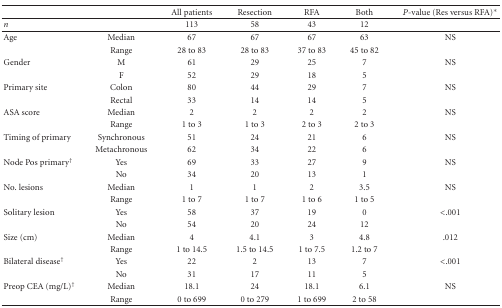
<table><thead><tr><td></td><td></td><td><b>All patients</b></td><td><b>Resection</b></td><td><b>RFA</b></td><td><b>Both</b></td><td><b><i>P</i>-value (Res versus RFA)*</b></td></tr><tr><td><b><i>n</i></b></td><td></td><td><b>113</b></td><td><b>58</b></td><td><b>43</b></td><td><b>12</b></td><td></td></tr></thead><tbody><tr><td>Age</td><td>Median</td><td>67</td><td>67</td><td>67</td><td>63</td><td>NS</td></tr><tr><td></td><td>Range</td><td>28 to 83</td><td>28 to 83</td><td>37 to 83</td><td>45 to 82</td><td></td></tr><tr><td>Gender</td><td>M</td><td>61</td><td>29</td><td>25</td><td>7</td><td>NS</td></tr><tr><td></td><td>F</td><td>52</td><td>29</td><td>18</td><td>5</td><td></td></tr><tr><td>Primary site</td><td>Colon</td><td>80</td><td>44</td><td>29</td><td>7</td><td>NS</td></tr><tr><td></td><td>Rectal</td><td>33</td><td>14</td><td>14</td><td>5</td><td></td></tr><tr><td>ASA score</td><td>Median</td><td>2</td><td>2</td><td>2</td><td>2</td><td>NS</td></tr><tr><td></td><td>Range</td><td>1 to 3</td><td>1 to 3</td><td>2 to 3</td><td>2 to 3</td><td></td></tr><tr><td>Timing of primary</td><td>Synchronous</td><td>51</td><td>24</td><td>21</td><td>6</td><td>NS</td></tr><tr><td></td><td>Metachronous</td><td>62</td><td>34</td><td>22</td><td>6</td><td></td></tr><tr><td>Node Pos primary<sup>†</sup></td><td>Yes</td><td>69</td><td>33</td><td>27</td><td>9</td><td>NS</td></tr><tr><td></td><td>No</td><td>34</td><td>20</td><td>13</td><td>1</td><td></td></tr><tr><td>No. lesions</td><td>Median</td><td>1</td><td>1</td><td>2</td><td>3.5</td><td>NS</td></tr><tr><td></td><td>Range</td><td>1 to 7</td><td>1 to 7</td><td>1 to 6</td><td>1 to 5</td><td></td></tr><tr><td>Solitary lesion</td><td>Yes</td><td>58</td><td>37</td><td>19</td><td>0</td><td>&lt;.001</td></tr><tr><td></td><td>No</td><td>54</td><td>20</td><td>24</td><td>12</td><td></td></tr><tr><td>Size (cm)</td><td>Median</td><td>4</td><td>4.1</td><td>3</td><td>4.8</td><td>.012</td></tr><tr><td></td><td>Range</td><td>1 to 14.5</td><td>1.5 to 14.5</td><td>1 to 7.5</td><td>1.2 to 7</td><td></td></tr><tr><td>Bilateral disease<sup>†</sup></td><td>Yes</td><td>22</td><td>2</td><td>13</td><td>7</td><td>&lt;.001</td></tr><tr><td></td><td>No</td><td>31</td><td>17</td><td>11</td><td>5</td><td></td></tr><tr><td>Preop CEA (mg/L)<sup>†</sup></td><td>Median</td><td>18.1</td><td>24</td><td>18.1</td><td>6.1</td><td>NS</td></tr><tr><td></td><td>Range</td><td>0 to 699</td><td>0 to 279</td><td>1 to 699</td><td>2 to 58</td><td></td></tr></tbody></table>